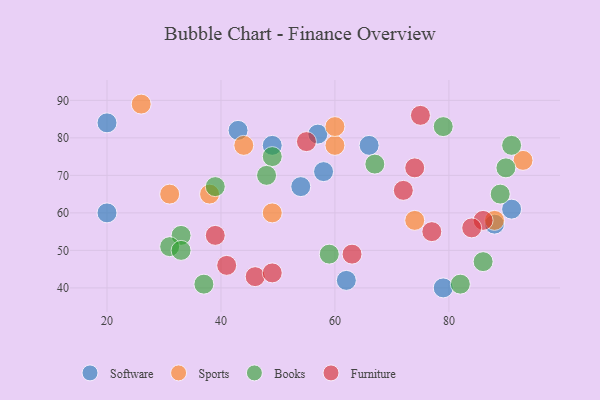
{"axis": {"x": "GDP", "y": "Life Expectancy"}, "legend": ["Books", "Furniture", "Software", "Sports"], "data": [{"x": "66", "y": 78, "type": "Software"}, {"x": "62", "y": 42, "type": "Software"}, {"x": "49", "y": 78, "type": "Software"}, {"x": "54", "y": 67, "type": "Software"}, {"x": "79", "y": 40, "type": "Software"}, {"x": "20", "y": 84, "type": "Software"}, {"x": "58", "y": 71, "type": "Software"}, {"x": "57", "y": 81, "type": "Software"}, {"x": "43", "y": 82, "type": "Software"}, {"x": "88", "y": 57, "type": "Software"}, {"x": "20", "y": 60, "type": "Software"}, {"x": "91", "y": 61, "type": "Software"}, {"x": "74", "y": 58, "type": "Sports"}, {"x": "26", "y": 89, "type": "Sports"}, {"x": "60", "y": 78, "type": "Sports"}, {"x": "93", "y": 74, "type": "Sports"}, {"x": "31", "y": 65, "type": "Sports"}, {"x": "60", "y": 83, "type": "Sports"}, {"x": "88", "y": 58, "type": "Sports"}, {"x": "38", "y": 65, "type": "Sports"}, {"x": "44", "y": 78, "type": "Sports"}, {"x": "49", "y": 60, "type": "Sports"}, {"x": "89", "y": 65, "type": "Books"}, {"x": "86", "y": 47, "type": "Books"}, {"x": "67", "y": 73, "type": "Books"}, {"x": "59", "y": 49, "type": "Books"}, {"x": "49", "y": 75, "type": "Books"}, {"x": "90", "y": 72, "type": "Books"}, {"x": "91", "y": 78, "type": "Books"}, {"x": "82", "y": 41, "type": "Books"}, {"x": "37", "y": 41, "type": "Books"}, {"x": "39", "y": 67, "type": "Books"}, {"x": "33", "y": 54, "type": "Books"}, {"x": "48", "y": 70, "type": "Books"}, {"x": "79", "y": 83, "type": "Books"}, {"x": "31", "y": 51, "type": "Books"}, {"x": "33", "y": 50, "type": "Books"}, {"x": "86", "y": 58, "type": "Furniture"}, {"x": "46", "y": 43, "type": "Furniture"}, {"x": "63", "y": 49, "type": "Furniture"}, {"x": "39", "y": 54, "type": "Furniture"}, {"x": "74", "y": 72, "type": "Furniture"}, {"x": "72", "y": 66, "type": "Furniture"}, {"x": "55", "y": 79, "type": "Furniture"}, {"x": "75", "y": 86, "type": "Furniture"}, {"x": "84", "y": 56, "type": "Furniture"}, {"x": "77", "y": 55, "type": "Furniture"}, {"x": "41", "y": 46, "type": "Furniture"}, {"x": "49", "y": 44, "type": "Furniture"}]}